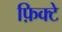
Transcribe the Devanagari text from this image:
फ़िक्टे